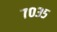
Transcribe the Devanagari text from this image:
७०३५